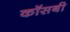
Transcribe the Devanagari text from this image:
कॉसबी